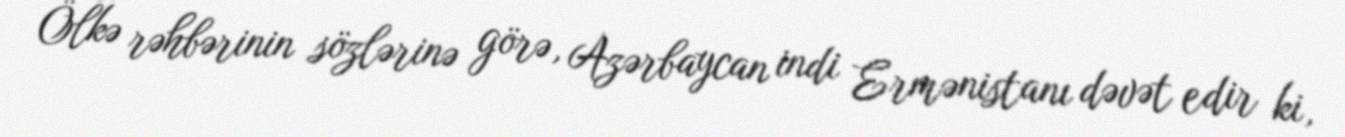
Ölkə rəhbərinin sözlərinə görə, Azərbaycan indi Ermənistanı dəvət edir ki,